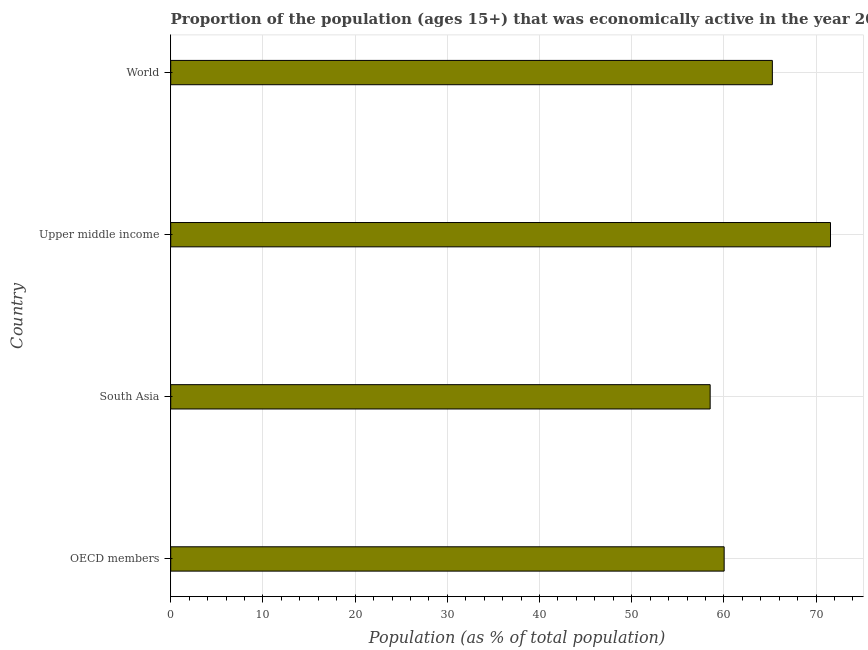
| Country | Labor force participation rate total |
 | --- | --- |
 | OECD members | 60 |
 | South Asia | 58.5 |
 | Upper middle income | 71.6 |
 | World | 65.3 |